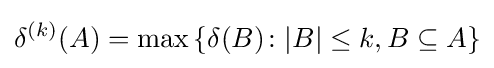
\delta ^{(k)}(A)=\max \left\{\delta (B)\colon |B|\leq k,B\subseteq A\right\}